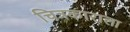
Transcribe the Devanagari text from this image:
चित्रकाराला